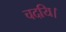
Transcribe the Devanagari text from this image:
चदयि।